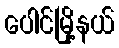
ပေါင်မြို့နယ်